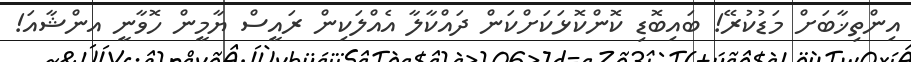
އިންތިޚާބަށް މަޑުކުރޭ! ބައިބޮޑި ކޮންކޮޅަކަށްކަން ދައްކާލާ އެއްލަކިން ރައީސް ޔާމީން ހޮވާނީ އންޝާއަ!